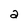
Character: 2